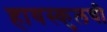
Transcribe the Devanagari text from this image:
हायस्कुलची